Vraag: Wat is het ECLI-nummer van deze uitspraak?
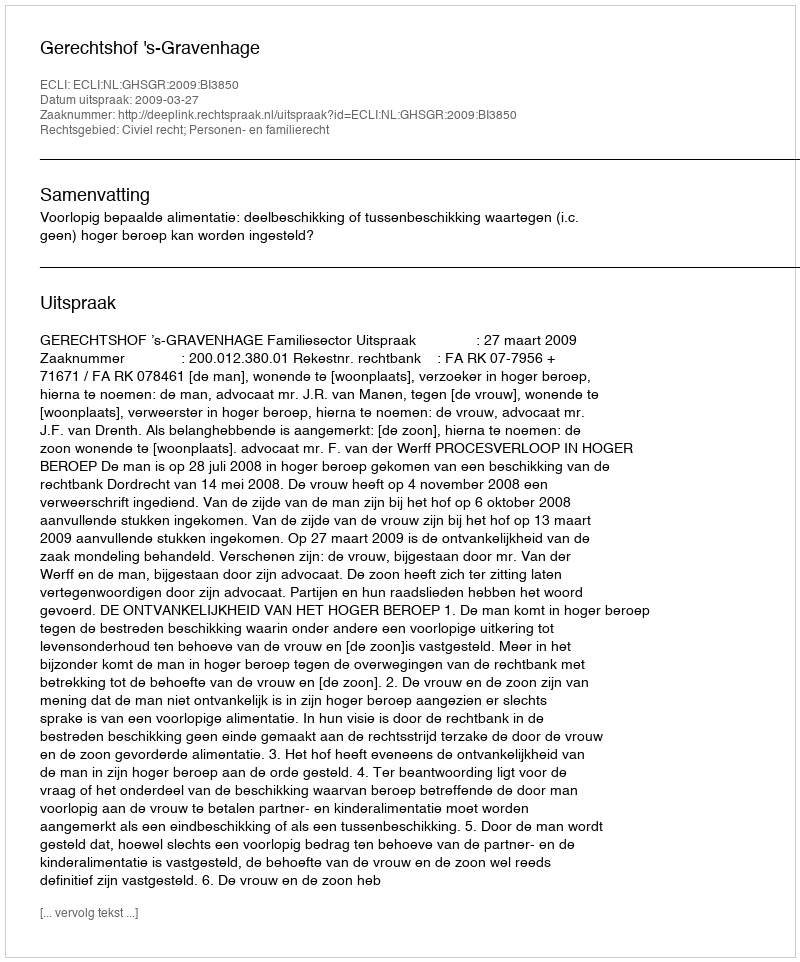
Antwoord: ECLI:NL:GHSGR:2009:BI3850